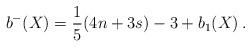
LaTeX: \begin{align*} b^-(X) = \frac{1}{5}(4n+3s) - 3 +b_1(X) \, . \end{align*}